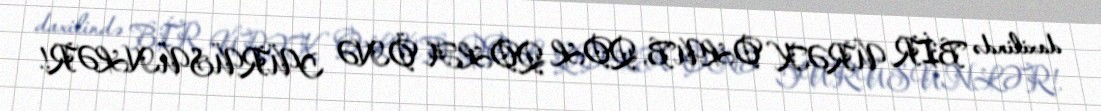
daxilində BİR ÜRƏK OLUB, QOL QOLA ÖNƏ YÜRÜSÜNLƏR!.